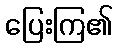
ပြေးကြ၏